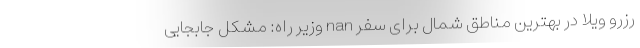
رزرو ویلا در بهترین مناطق شمال برای سفر nan وزیر راه: مشکل جابجایی